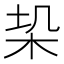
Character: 𭩥